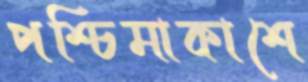
পশ্চিমাকাশে